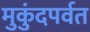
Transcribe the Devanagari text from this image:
मुकुंदपर्वत